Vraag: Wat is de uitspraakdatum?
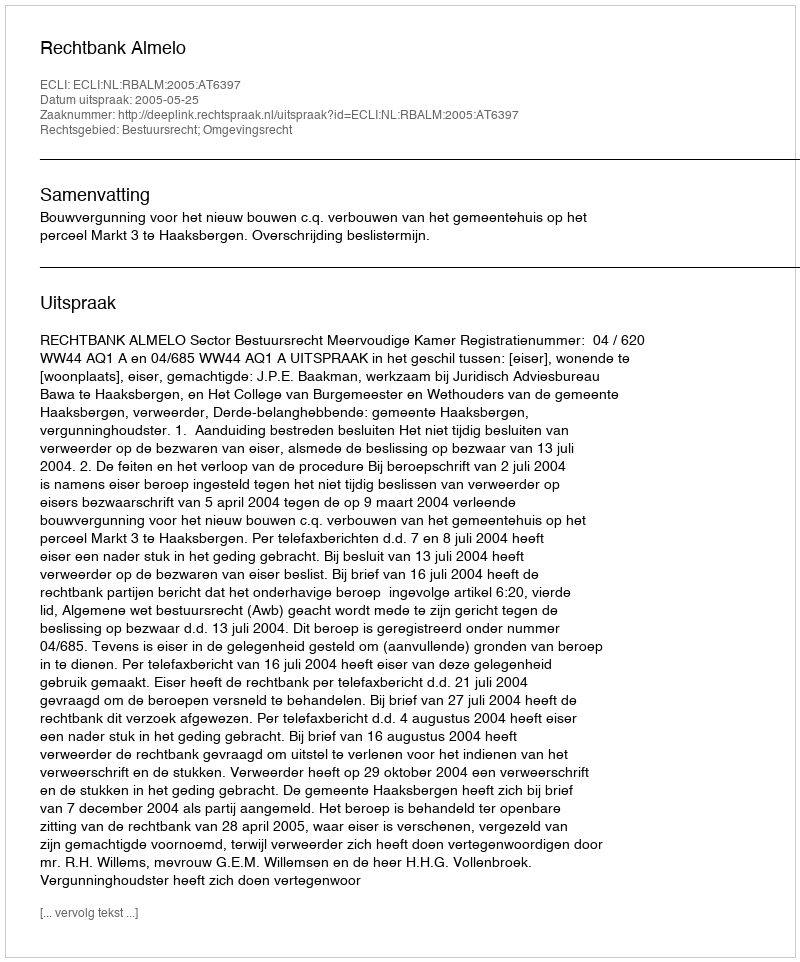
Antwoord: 2005-05-25